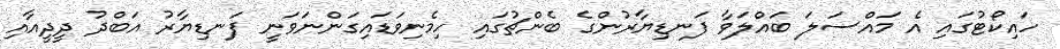
ހައިކޯޓުގައި އެ މައްސަލަ ބައްލަވާ ފަނޑިޔާރުންގެ ބެންޗުގައި ހިމެނިވަޑައިގަންނަވަނީ ފަނޑިޔާރު އަބްދު ދީދީއާއި